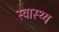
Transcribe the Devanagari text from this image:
स्‍वास्थ्य